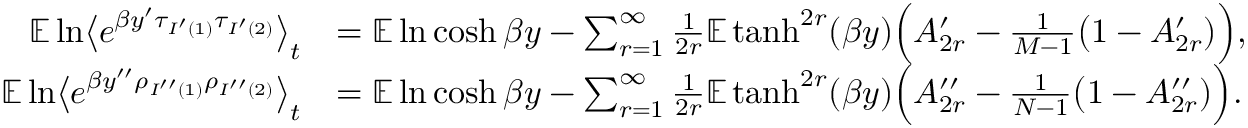
\begin{array} { r l } { \mathbb E \ln \bigl \langle e ^ { \beta y ^ { \prime } \tau _ { I ^ { \prime } ( 1 ) } \tau _ { I ^ { \prime } ( 2 ) } } \bigr \rangle _ { t } } & { = \mathbb E \ln \cosh \beta y - \sum _ { r = 1 } ^ { \infty } \frac { 1 } { 2 r } \mathbb E \operatorname { t a n h } ^ { 2 r } ( \beta y ) \Bigl ( A _ { 2 r } ^ { \prime } - \frac { 1 } { M - 1 } \bigl ( 1 - A _ { 2 r } ^ { \prime } ) \Bigr ) , } \\ { \mathbb E \ln \bigl \langle e ^ { \beta y ^ { \prime \prime } \rho _ { I ^ { \prime \prime } ( 1 ) } \rho _ { I ^ { \prime \prime } ( 2 ) } } \bigr \rangle _ { t } } & { = \mathbb E \ln \cosh \beta y - \sum _ { r = 1 } ^ { \infty } \frac { 1 } { 2 r } \mathbb E \operatorname { t a n h } ^ { 2 r } ( \beta y ) \Bigl ( A _ { 2 r } ^ { \prime \prime } - \frac { 1 } { N - 1 } \bigl ( 1 - A _ { 2 r } ^ { \prime \prime } ) \Bigr ) . } \end{array}